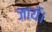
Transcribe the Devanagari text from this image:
जायॅ।